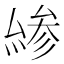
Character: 𠬊